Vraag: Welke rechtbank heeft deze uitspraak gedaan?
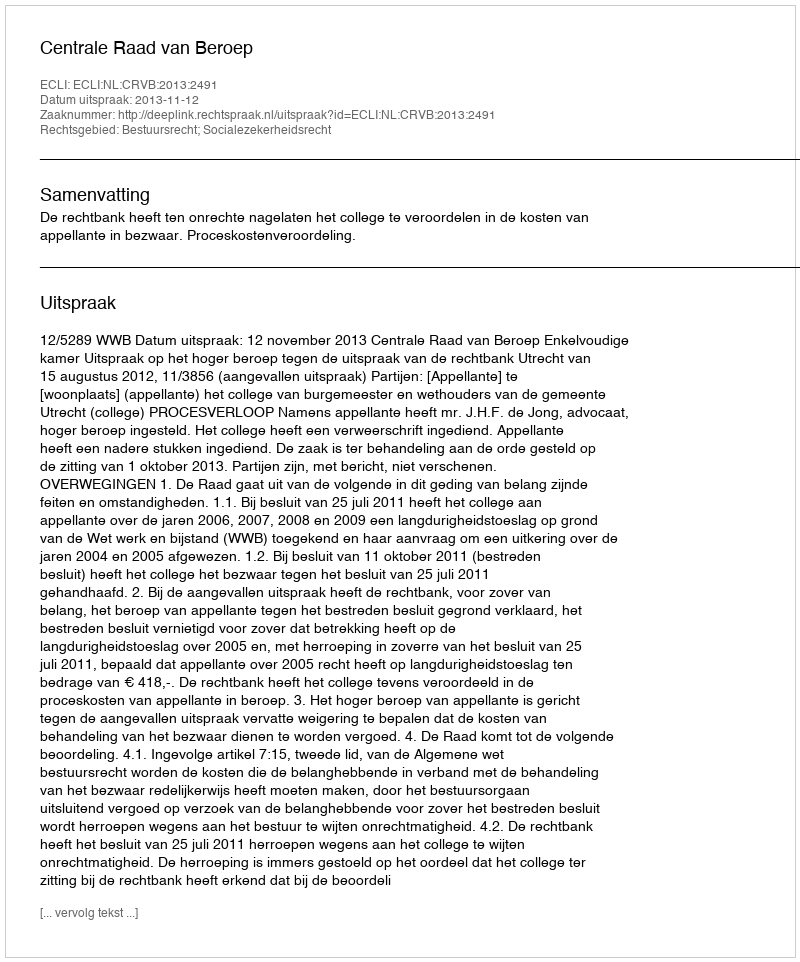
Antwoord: Centrale Raad van Beroep